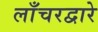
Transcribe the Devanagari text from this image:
लाँचरद्वारे